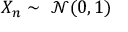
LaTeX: X _ { n } \sim \ { \mathcal { N } } ( 0 , 1 )